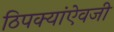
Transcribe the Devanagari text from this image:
ठिपक्यांऐवजी